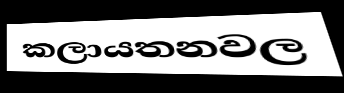
කලායතනවල